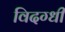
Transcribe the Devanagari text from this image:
विदग्धी